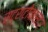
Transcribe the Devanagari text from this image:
स्ट्राटोकास्टर